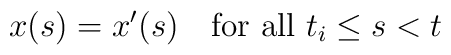
x(s) = x'(s)\quad \hbox{for all $t_i \le s < t$}